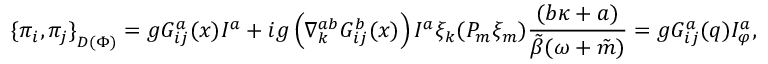
{ \{ \pi _ { i } , \pi _ { j } \} } _ { D ( \Phi ) } = g G _ { i j } ^ { a } ( x ) I ^ { a } + i g \left( \nabla _ { k } ^ { a b } G _ { i j } ^ { b } ( x ) \right) I ^ { a } \xi _ { k } ( { \cal P } _ { m } \xi _ { m } ) \frac { ( b \kappa + a ) } { \tilde { \beta } ( \omega + \tilde { m } ) } = g G _ { i j } ^ { a } ( q ) I _ { \varphi } ^ { a } ,